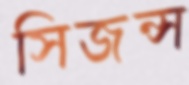
সিজন্স